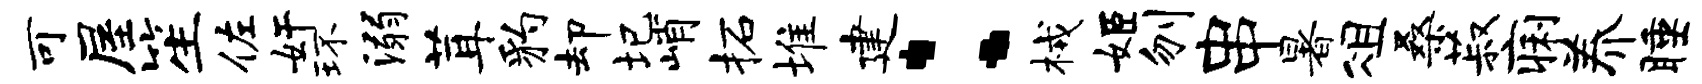
可屋笙佐奸环溺茸豹却圮峭柘堆建：械姬刎串暑俎桑菽痢养睡